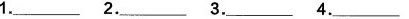
___1.___2.___3.___4.___